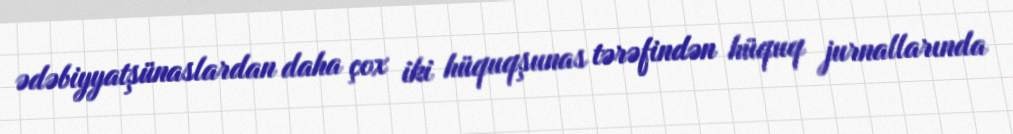
ədəbiyyatşünaslardan daha çox iki hüquqşunas tərəfindən hüquq jurnallarında